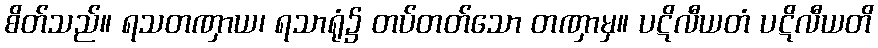
စိတ်သည်။ ရသတဏှာယ၊ ရသာရုံ၌ တပ်တတ်သော တဏှာမှ။ ပဋိလီယတံ ပဋိလီယတိ